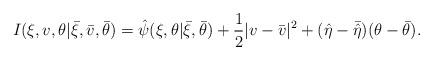
LaTeX: \begin{align*}I(\xi,v,\theta|\bar{\xi},\bar{v},\bar{\theta})=\hat{\psi}(\xi,\theta|\bar{\xi},\bar{\theta})+\frac{1}{2}|v-\bar{v}|^2+(\hat{\eta}-\bar{\hat{\eta}})(\theta-\bar{\theta}).\end{align*}